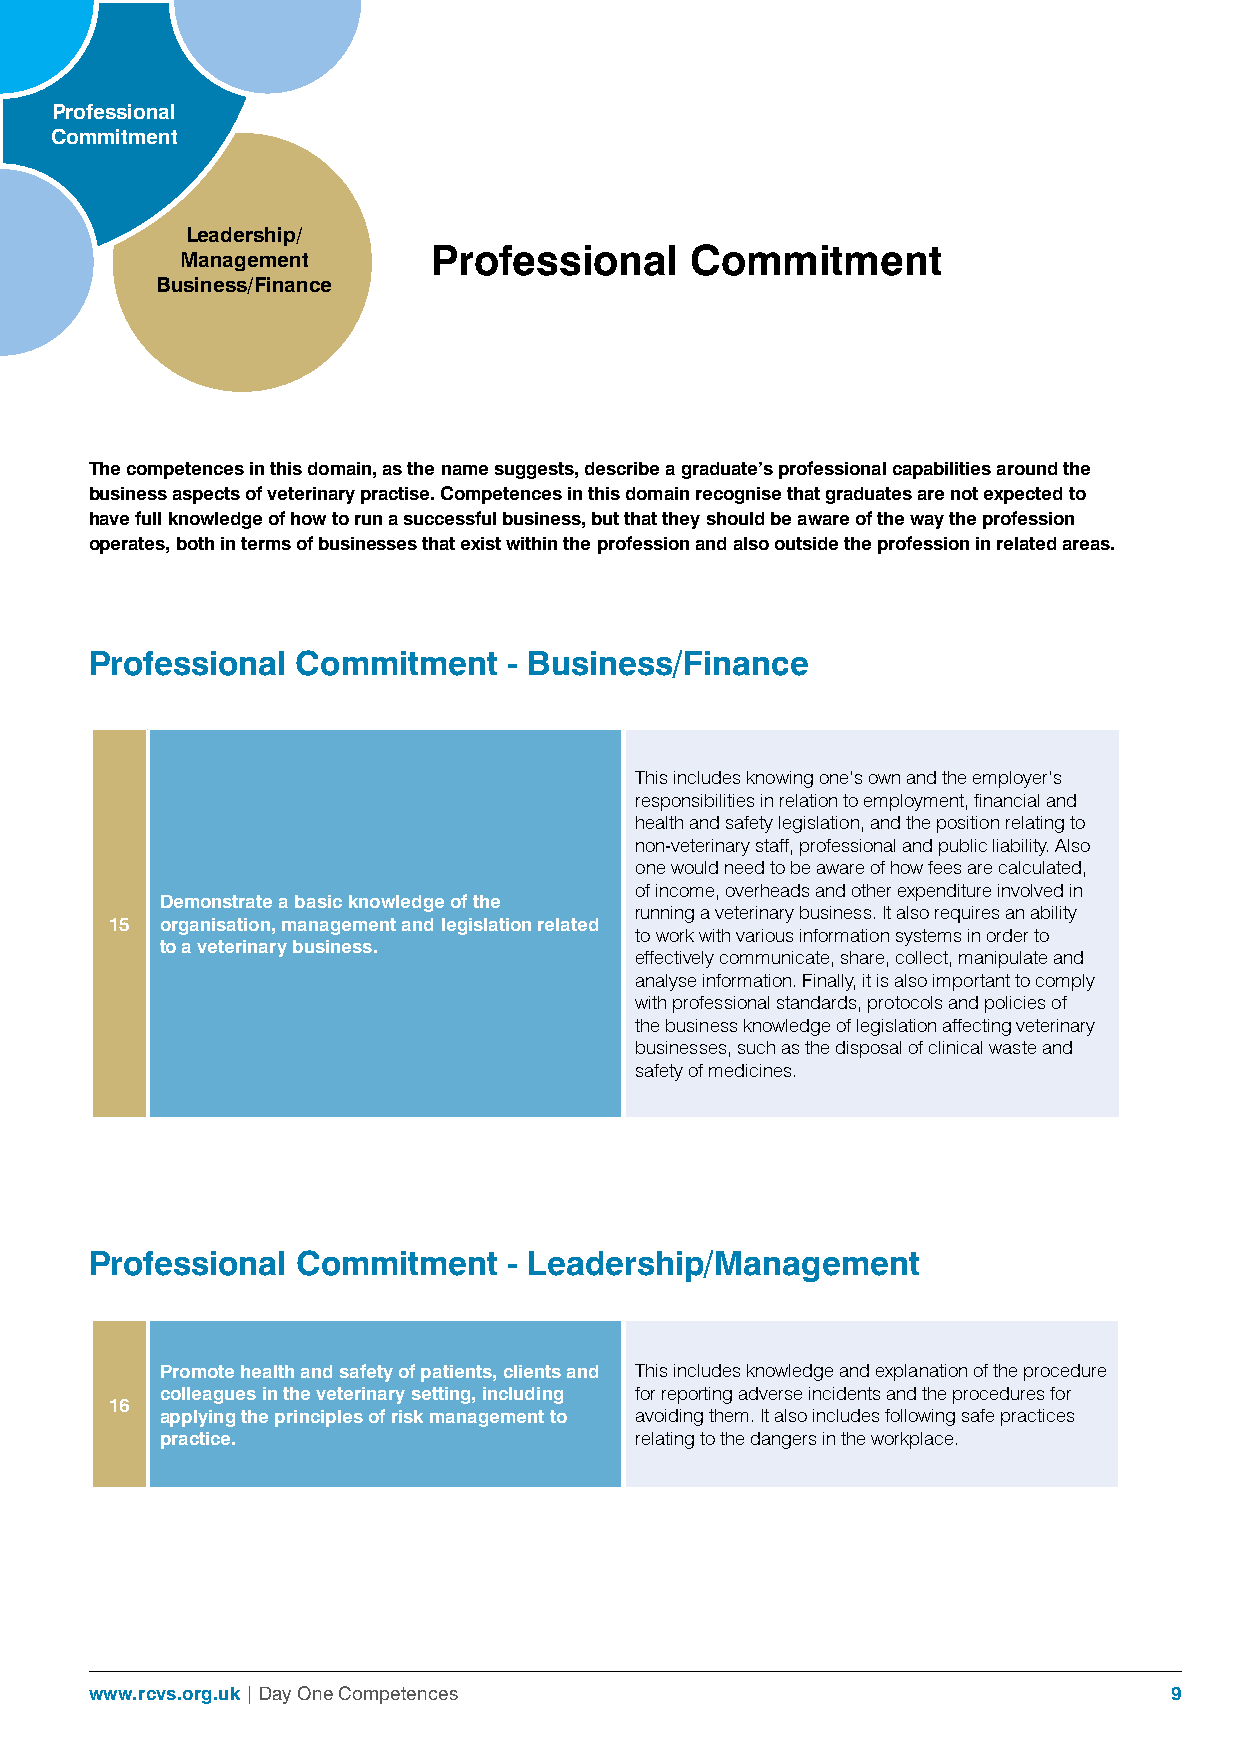
Professional
 Commitment
 Leadership/
 Professional     Commitment
 Management
 Business/Finance
 The competences in this domain, as the name suggests, describe a graduate’s professional capabilities around the
 business aspects of veterinary practise. Competences in this domain recognise that graduates are not expected to
 have full knowledge of how to run a successful business, but that they should be aware of the way the profession
 operates, both in terms of businesses that exist within the profession and also outside the profession in related areas.
 Professional  Commitment    - Business/Finance
 This includes knowing one’s own and the employer’s
 responsibilities in relation to employment, financial and
 health and safety legislation, and the position relating to
 non-veterinary staff, professional and public liability. Also
 one would need to be aware of how fees are calculated,
 of income, overheads and other expenditure involved in
 Demonstrate a basic knowledge of the
 running a veterinary business. It also requires an ability
 15  organisation, management and legislation related
 to work with various information systems in order to
 to a veterinary business.
 effectively communicate, share, collect, manipulate and
 analyse information. Finally, it is also important to comply
 with professional standards, protocols and policies of
 the business knowledge of legislation affecting veterinary
 businesses, such as the disposal of clinical waste and
 safety of medicines.
 Professional  Commitment    - Leadership/Management
 Promote health and safety of patients, clients and This includes knowledge and explanation of the procedure
 colleagues in the veterinary setting, including for reporting adverse incidents and the procedures for
 16
 applying the principles of risk management to avoiding them. It also includes following safe practices
 practice.                      relating to the dangers in the workplace.
 www.rcvs.org.uk | Day One Competences                                  9